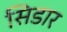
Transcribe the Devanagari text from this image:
सिडार